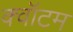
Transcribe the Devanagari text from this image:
क्‍वॉटम